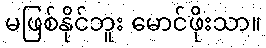
မဖြစ်နိုင်ဘူး မောင်ဖိုးသာ။